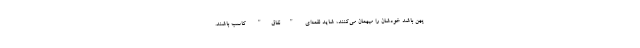
پهن باشد خودشان را میهمان می‌کنند، شاید لقمه‌ای "نفاق" کاسب باشند.